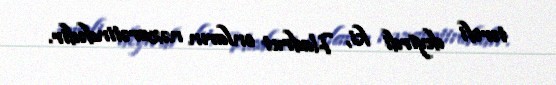
tərəfi deyirdi ki, Hadrut onların nəzarətindədir.